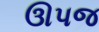
ઊપજ